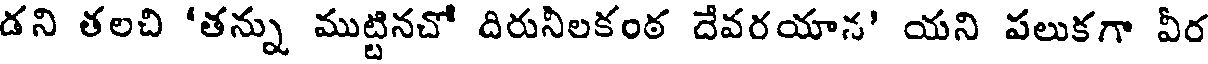
డని తలచి 'తన్ను ముట్టినచో దిరునిలకంఠ దేవరయాన' యని పలుకగా వీర